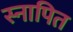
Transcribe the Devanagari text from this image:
स्नापित